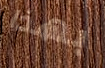
بهذا